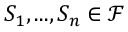
S _ { 1 } , . . . , S _ { n } \in { \mathcal { F } }